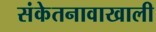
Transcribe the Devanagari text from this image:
संकेतनावाखाली